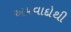
અપવાદોથી